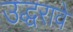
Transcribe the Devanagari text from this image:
उद्धरावे